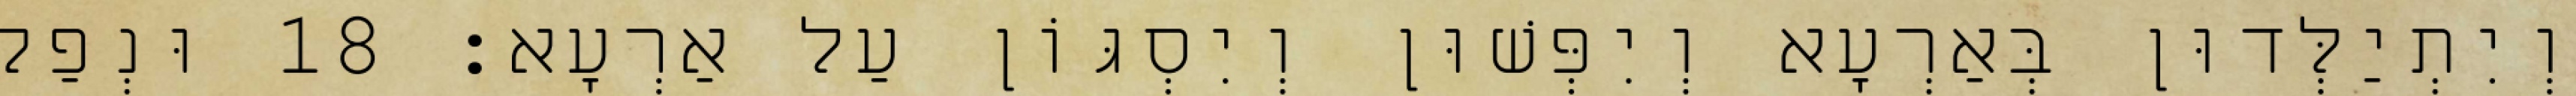
וְיִתְיַלְּדוּן בְּאַרְעָא וְיִפְּשׁוּן וְיִסְגּוֹן עַל אַרְעָא׃ 18 וּנְפַק